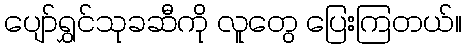
ပျော်ရွှင်သုခဆီကို လူတွေ ပြေးကြတယ်။